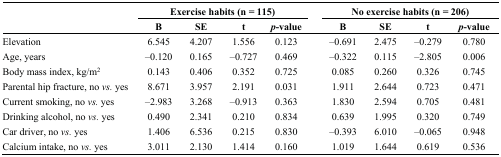
<table><thead><tr><td rowspan="2"></td><td colspan="4"><b>Exercise habits (n = 115)</b></td><td></td><td colspan="4"><b>No exercise habits (n = 206)</b></td></tr><tr><td><b>B</b></td><td><b>SE</b></td><td><b>t</b></td><td><b><i>p</i>-value</b></td><td></td><td><b>B</b></td><td><b>SE</b></td><td><b>t</b></td><td><b><i>p</i>-value</b></td></tr></thead><tbody><tr><td>Elevation</td><td>6.545</td><td>4.207</td><td>1.556</td><td>0.123</td><td></td><td>–0.691</td><td>2.475</td><td>–0.279</td><td>0.780</td></tr><tr><td>Age, years</td><td>–0.120</td><td>0.165</td><td>–0.727</td><td>0.469</td><td></td><td>–0.322</td><td>0.115</td><td>–2.805</td><td>0.006</td></tr><tr><td>Body mass index, kg/m<sup>2</sup></td><td>0.143</td><td>0.406</td><td>0.352</td><td>0.725</td><td></td><td>0.085</td><td>0.260</td><td>0.326</td><td>0.745</td></tr><tr><td>Parental hip fracture, no <i>vs.</i> yes</td><td>8.671</td><td>3.957</td><td>2.191</td><td>0.031</td><td></td><td>1.911</td><td>2.644</td><td>0.723</td><td>0.471</td></tr><tr><td>Current smoking, no <i>vs.</i> yes</td><td>–2.983</td><td>3.268</td><td>–0.913</td><td>0.363</td><td></td><td>1.830</td><td>2.594</td><td>0.705</td><td>0.481</td></tr><tr><td>Drinking alcohol, no <i>vs.</i> yes</td><td>0.490</td><td>2.341</td><td>0.210</td><td>0.834</td><td></td><td>0.639</td><td>1.995</td><td>0.320</td><td>0.749</td></tr><tr><td>Car driver, no <i>vs.</i> yes</td><td>1.406</td><td>6.536</td><td>0.215</td><td>0.830</td><td></td><td>–0.393</td><td>6.010</td><td>–0.065</td><td>0.948</td></tr><tr><td>Calcium intake, no <i>vs.</i> yes</td><td>3.011</td><td>2.130</td><td>1.414</td><td>0.160</td><td></td><td>1.019</td><td>1.644</td><td>0.619</td><td>0.536</td></tr></tbody></table>